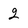
Character: 2